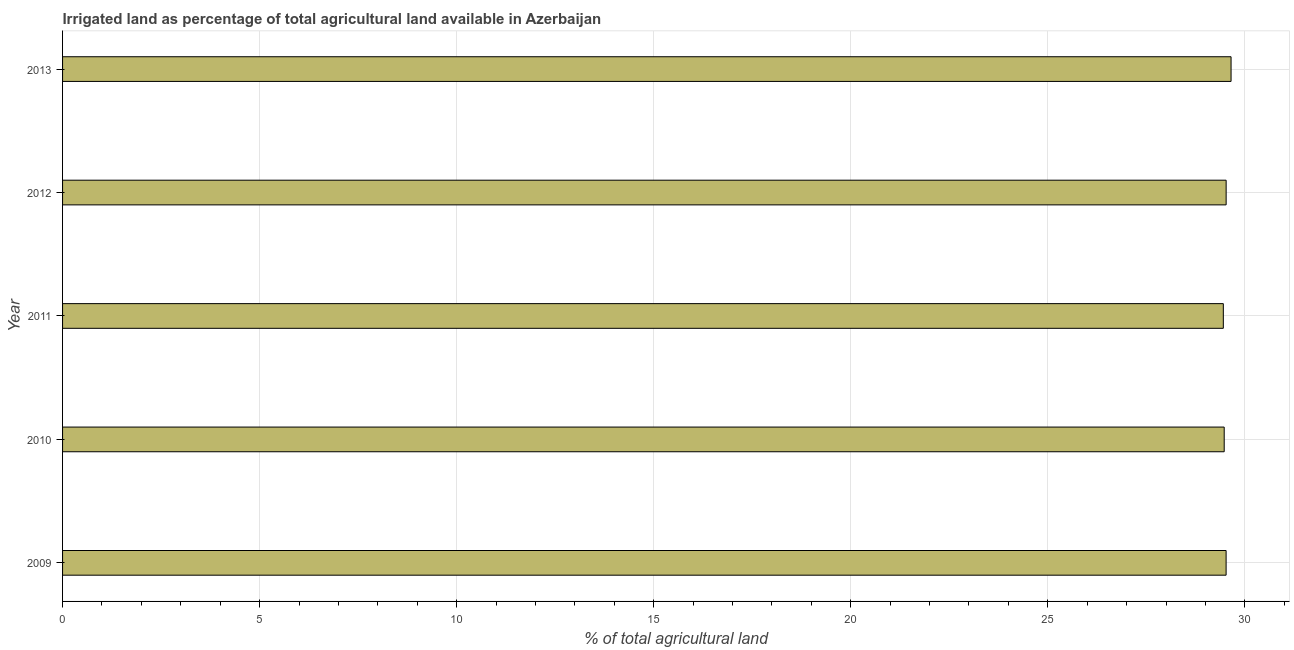
| Year | Agricultural irrigated land  |
 | --- | --- |
 | 2009 | 29.5 |
 | 2010 | 29.5 |
 | 2011 | 29.5 |
 | 2012 | 29.5 |
 | 2013 | 29.7 |